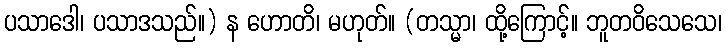
ပသာဒေါ၊ ပသာဒသည်။) န ဟောတိ၊ မဟုတ်။ (တသ္မာ၊ ထို့ကြောင့်။ ဘူတဝိသေသေ၊